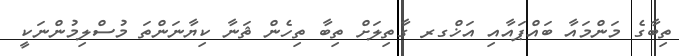
ތިބާގެ މަންމައާ ބައްޕައާއި އަޚްގރ ގާތިލަށް ތިބާ ތިހެން ޘަނާ ކިޔާނަންތަ މުސްލިމުންނަކީ